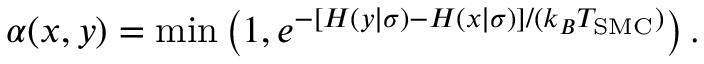
\begin{array} { r } { \alpha ( x , y ) = \mathrm { m i n } \left( 1 , e ^ { - [ H ( y | \sigma ) - H ( x | \sigma ) ] / ( k _ { B } T _ { \mathrm { S M C } } ) } \right) . } \end{array}